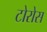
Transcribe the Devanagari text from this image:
टोरोस